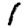
Digit: 1